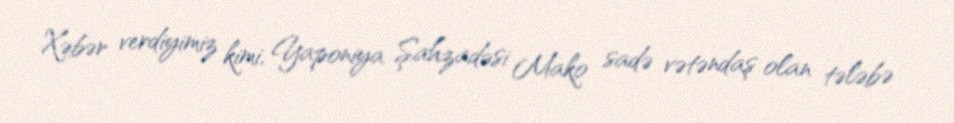
Xəbər verdiyimiz kimi, Yaponiya Şahzadəsi Mako sadə vətəndaş olan tələbə